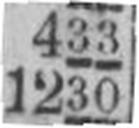
1230